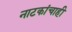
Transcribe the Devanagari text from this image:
नाटकांचाही